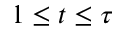
1 \leq t \leq \tau